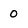
Character: 0